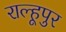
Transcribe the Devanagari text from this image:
राल्हूपुर